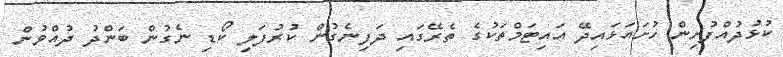
ކުޅުދުއްފުށިން ހުށައަޅައިދޭ އައިޓަމްތަކުގެ ތެރޭގައި ދަފިނެގުން ކުރުފަލި ކޯޑި ނެގުން ބަންދު ދުއްވުން